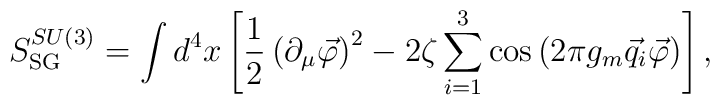
S_{\rm SG}^{SU(3)}=\int d^4x\left[\frac12\left(\partial_\mu\vec\varphi\right)^2-2\zeta\sum\limits_{i=1}^{3}\cos\left(2\pi g_m\vec q_i\vec\varphi\right)\right],